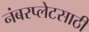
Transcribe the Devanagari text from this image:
नंबरप्लेटसाठी